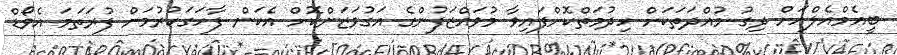
ބީއެމްއެލްއަށް ދިގު މުއްދަތަކަށް ހިދުމަތްކޮށްފައިވާ މުވައްޒަފުންގެ އަގުވަޒަންކޮށް އެކަން ފާހަގަކުރުމަށް ފުރަތަމަ އެވޯޑް